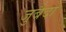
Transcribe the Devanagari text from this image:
जुबैदा